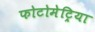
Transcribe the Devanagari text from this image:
फोटोमेट्रिया